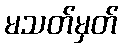
မသတ်မှတ်